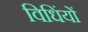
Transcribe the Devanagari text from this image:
विधिंयों